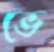
ভে